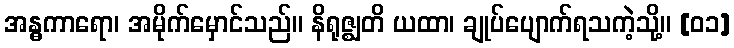
အန္ဓကာရော၊ အမိုက်မှောင်သည်။ နိရုဇ္ဈတိ ယထာ၊ ချုပ်ပျောက်ရသကဲ့သို့။ [၀၁]